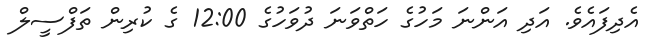
އެދިފައެވެ. އަދި އަންނަ މަހުގެ ހަތްވަނަ ދުވަހުގެ 12:00 ގެ ކުރިން ތަފްސީލް